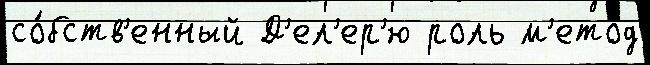
со́бств'енный Д'ел'ер'ю роль м'етод